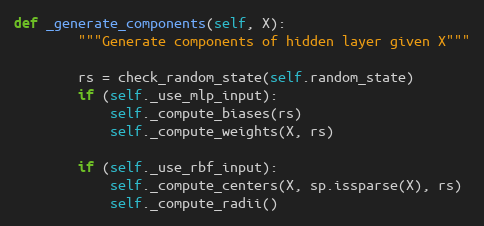
Language: Python
def _generate_components(self, X):
        """Generate components of hidden layer given X"""

        rs = check_random_state(self.random_state)
        if (self._use_mlp_input):
            self._compute_biases(rs)
            self._compute_weights(X, rs)

        if (self._use_rbf_input):
            self._compute_centers(X, sp.issparse(X), rs)
            self._compute_radii()